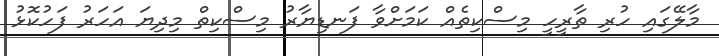
މާލޭގައި ހުރި ތާރީހީ މިސްކިތެއް ކަމަށްވާ ފަނޑިޔާރު މިސްކިތް މިދިޔަ އަހަރު ފަހުކޮޅު